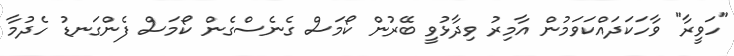
"ހަވީރާ" ވާހަކަދައްކަވަމުން އާމިރު ވިދާޅުވީ ބޭރުން ކޯމަސް ގެނެސްގެން ކޯމަސް ފެންގަނޑު ހެދުމާ